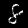
Label: 8